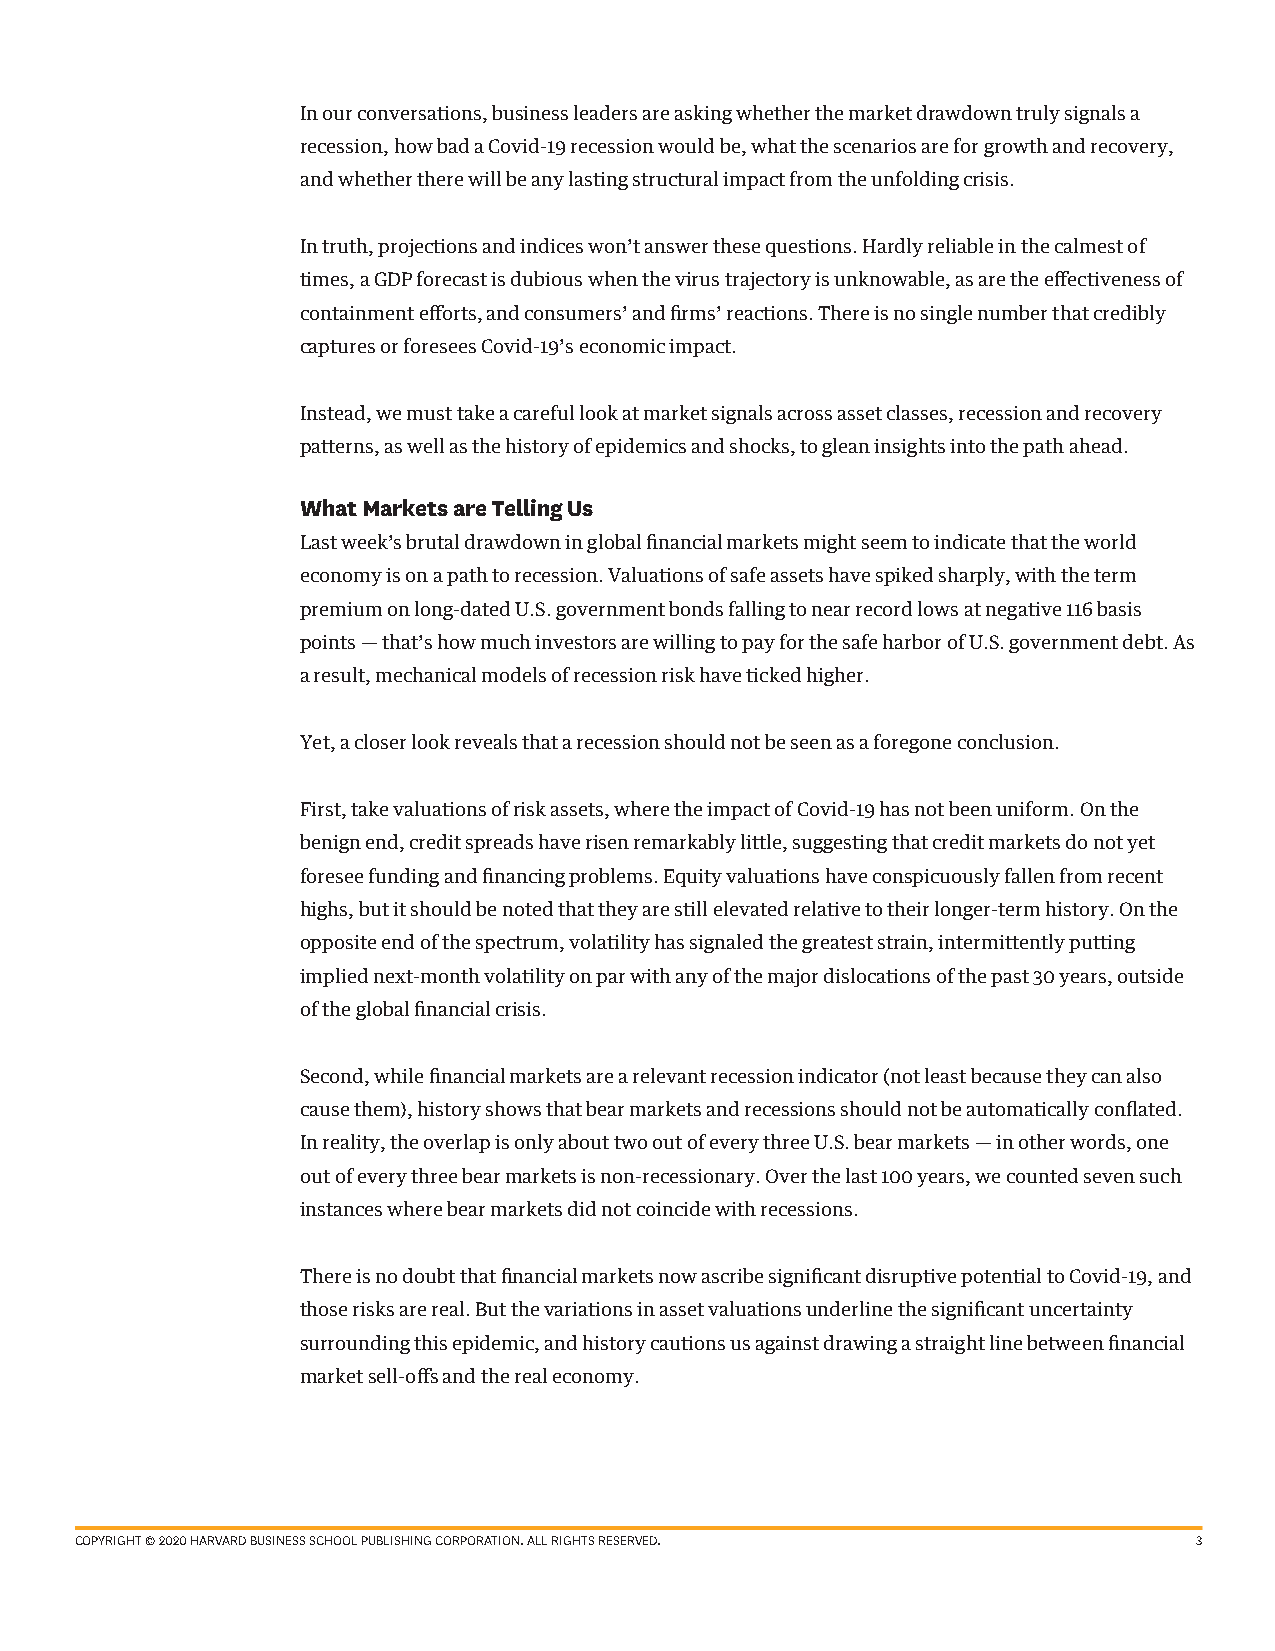
In our conversations, business leaders are asking whether the market drawdown truly signals a
 recession, how bad a Covid-19 recession would be, what the scenarios are for growth and recovery,
 and whether there will be any lasting structural impact from the unfolding crisis.
 In truth, projections and indices won’t answer these questions. Hardly reliable in the calmest of
 times, a GDP forecast is dubious when the virus trajectory is unknowable, as are the effectiveness of
 containment efforts, and consumers’ and firms’ reactions. There is no single number that credibly
 captures or foresees Covid-19’s economic impact.
 Instead, we must take a careful look at market signals across asset classes, recession and recovery
 patterns, as well as the history of epidemics and shocks, to glean insights into the path ahead.
 What Markets are Telling Us
 Last week’s brutal drawdown in global financial markets might seem to indicate that the world
 economy is on a path to recession. Valuations of safe assets have spiked sharply, with the term
 premium on long-dated U.S. government bonds falling to near record lows at negative 116 basis
 points — that’s how much investors are willing to pay for the safe harbor of U.S. government debt. As
 a result, mechanical models of recession risk have ticked higher.
 Yet, a closer look reveals that a recession should not be seen as a foregone conclusion.
 First, take valuations of risk assets, where the impact of Covid-19 has not been uniform. On the
 benign end, credit spreads have risen remarkably little, suggesting that credit markets do not yet
 foresee funding and financing problems. Equity valuations have conspicuously fallen from recent
 highs, but it should be noted that they are still elevated relative to their longer-term history. On the
 opposite end of the spectrum, volatility has signaled the greatest strain, intermittently putting
 implied next-month volatility on par with any of the major dislocations of the past 30 years, outside
 of the global financial crisis.
 Second, while financial markets are a relevant recession indicator (not least because they can also
 cause them), history shows that bear markets and recessions should not be automatically conflated.
 In reality, the overlap is only about two out of every three U.S. bear markets — in other words, one
 out of every three bear markets is non-recessionary. Over the last 100 years, we counted seven such
 instances where bear markets did not coincide with recessions.
 There is no doubt that financial markets now ascribe significant disruptive potential to Covid-19, and
 those risks are real. But the variations in asset valuations underline the significant uncertainty
 surrounding this epidemic, and history cautions us against drawing a straight line between financial
 market sell-offs and the real economy.
 COPYRIGHT © 2020 HARVARD BUSINESS SCHOOL PUBLISHING CORPORATION. ALL RIGHTS RESERVED. 3